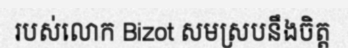
របស់លោក Bizot សមស្របនឹងចិត្ត